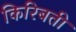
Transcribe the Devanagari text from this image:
किरिबती